Report on vaccination in the Province of Bengal - 1874-1889
Year: 1874
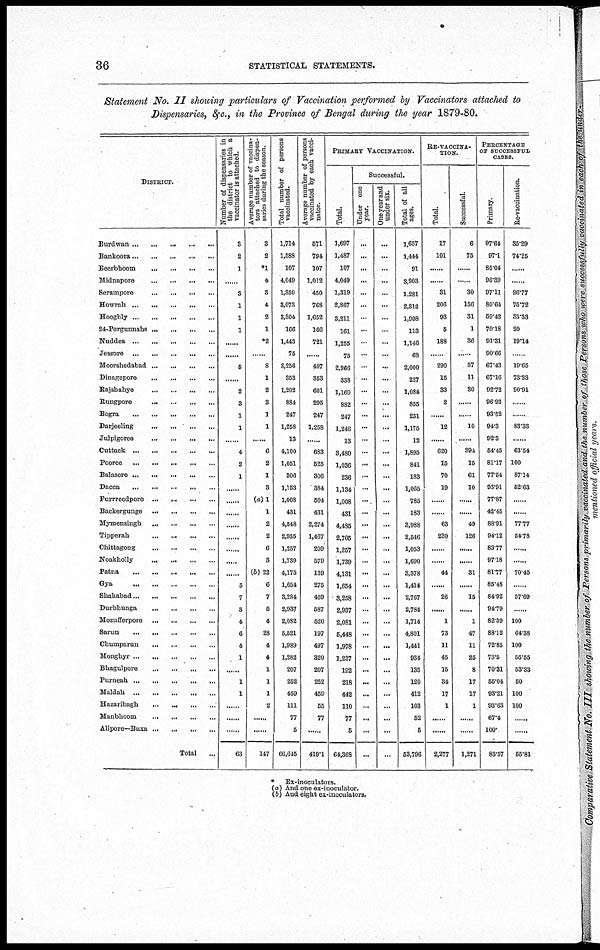
36
STATISTICAL STATEMENTS.
Statement No. II showing particulars of Vaccination performed by Vaccinators attached to
Dispensaries, &c., in the Province of Bengal during the year 1879-80.
DISTRICT.
Burdwan
...
...
...
...
...
Bankoora
...
...
...
...
...
Beerbhoom
...
...
...
...
Midnapore
...
...
...
...
Serampore ... ... ...
Howrah
...
...
...
...
...
Hooghly ... ... ... ... ...
24-Pergunnahs
...
...
...
...
Nuddea
...
...
...
...
...
Jessore
...
...
...
...
...
Moorshedabad
...
...
...
...
Dinagepore ... ... ... ... ...
Rajshahye
...
...
...
...
Rungpore
...
...
...
...
Bogra
...
...
...
...
...
Darjeeling
...
...
...
...
Julpigoree
...
...
...
...
Cuttack
...
...
...
...
...
Pooree
...
...
...
...
...
Balasore
...
...
...
...
...
Dacca
...
...
...
...
...
Furrreedpore
...
...
...
...
Backergunge
...
...
...
...
Mymensingh
...
...
...
...
Tipperah
...
...
...
...
Chittagong
...
...
...
...
Noakholly
...
...
...
...
Patna
...
...
...
...
...
Gya ... ... ... ... ...
Shahabad ... ... ... ... ...
Durbhunga
...
...
...
...
Mozufferpore
...
...
...
...
Sarun
...
...
...
...
...
Chumparun
...
...
...
...
Monghyr
...
...
...
...
...
Bhagulpore
...
...
...
...
Purneah
...
...
...
...
...
Maldah ... ... ... ... ...
Hazaribagh ... ... ... ... ...
Manbhoom
...
...
...
...
Alipore—Buxa
...
...
...
...
Total ...
Number of dispensaries in
the district to which a
vaccinator is attached.
3
2
1
......
3
1
1
1
......
6
......
2
3
1
1
......
4
2
1
......
......
......
......
......
......
......
......
5
7
3
4
6
4
1
......
1
1
......
......
......
63
Average number of vaccina-
tors attached to dispen-
saries during the season.
3
2
*1
4
3
4
2
1
*2
......
8
1
2
3
1
1
......
6
2
1
3
(a)1
1
2
2
6
3
(b)22
6
7
5
4
28
4
4
1
1
1
2
......
......
147
Total number of persons
vaccinated.
1,714
1,588
107
4,049
1,350
3,073
3,304
166
1,443
75
3,256
353
1,202
884
247
1,258
13
4,100
1,051
306
1,153
1,008
431
4,548
2,935
1,257
1,739
4,175
1,654
3,284
2,937
2,082
5,521
1,989
1,282
207
252
459
111
77
5
66,645
Average number of persons
vaccinated by each vacci-
nator.
571
794
107
1,012
450
768
1,652
166
721
......
407
353
601
295
247
1,258
......
683
525
306
384
504
431
2,274
1,467
209
579
139
275
469
587
520
197
497
320
207
252
459
55
77
......
419.1
PRIMARY VACCINATION.
Total.
1,697
1,487
107
4,049
1,319
2,867
3,211
161
1,255
75
2,966
338
1,169
882
247
1,246
13
3,480
1,036
236
1,134
1,008
431
4,485
2,705
1,257
1,789
4,131
1,654
3,258
2,937
2,081
5,448
1,978
1,237
192
218
442
110
77
5
64,368
Successful.
Under one
year.
...
...
...
...
...
...
...
...
...
...
...
...
...
...
...
...
...
...
...
...
...
...
...
...
...
...
...
...
...
...
...
...
...
...
...
...
...
...
...
...
...
...
One year and
under six.
...
...
...
...
...
...
...
...
...
...
...
...
...
...
...
...
...
...
...
...
...
...
...
...
...
...
...
...
...
...
...
...
...
...
...
...
...
...
...
......
...
...
Total of all
ages.
1,657
1,444
91
3,903
1,281
2,312
1,908
113
1,146
68
2,000
227
1,084
855
231
1,175
12
1,895
841
183
1,065
785
183
3,988
2,546
1,053
1,690
3,378
1,414
2,767
2,784
1,714
4,801
1,441
934
135
120
412
103
52
5
53,796
RE-VACCINA-
TION.
Total.
17
101
......
......
31
206
93
5
188
......
290
15
33
2
......
12
......
620
15
70
19
......
......
63
230
......
44
......
26
......
1
73
11
45
15
34
17
1
......
......
2,277
Successful.
6
75
......
......
30
156
31
1
36
......
67
11
30
......
......
10
......
394
15
61
10
......
......
49
126
......
......
31
......
15
......
1
47
11
25
8
17
17
1
......
......
1,271
PERCENTAGE
OF SUCCESSFUL
CASES.
Primary.
97.64
97.1
85.04
96.39
97.11
80.64
59.42
70.18
91.31
90.66
67.43
67.16
92.72
96.93
93.52
94.3
92.3
54.45
81.17
77.54
93.91
77.87
42.45
88.91
94.12
83.77
97.18
81.77
85.48
84.92
94.79
82.39
88.12
72.85
75.5
70.31
55.04
93.21
93.63
67.4
100.
83.57
Re-vaccination.
35.29
74.25
......
......
96.77
75.72
33.33
20
19.14
......
19.65
73.33
90.91
......
......
83.33
......
63.54
100
87.14
52.63
......
......
77.77
54.78
......
......
70.45
......
57.69
......
100
64.38
100
55.55
53.33
50
100
100
......
......
55.81
*
(a)
(b)
Ex-inoculators.
And one ex-inoculator.
And eight ex-inoculators.